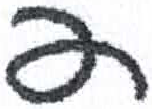
אות: ד